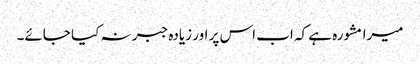
میرا مشورہ ہے کہ اب اس پر اور زیادہ جبر نہ کیا جائے۔